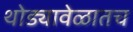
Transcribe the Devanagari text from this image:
थोड्यावेळातच